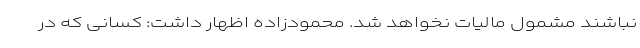
نباشند مشمول مالیات نخواهد شد. محمودزاده اظهار داشت: کسانی که در